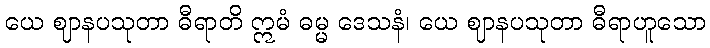
ယေ ဈာနပသုတာ ဓီရာတိ ဣမံ ဓမ္မ ဒေသနံ၊ ယေ ဈာနပသုတာ ဓီရာဟူသော